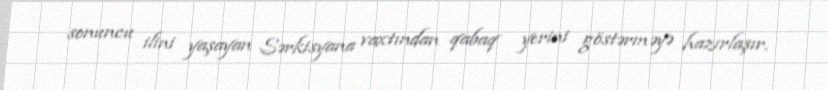
sonuncu ilini yaşayan Sərkisyana vaxtından qabaq yerini göstərməyə hazırlaşır.